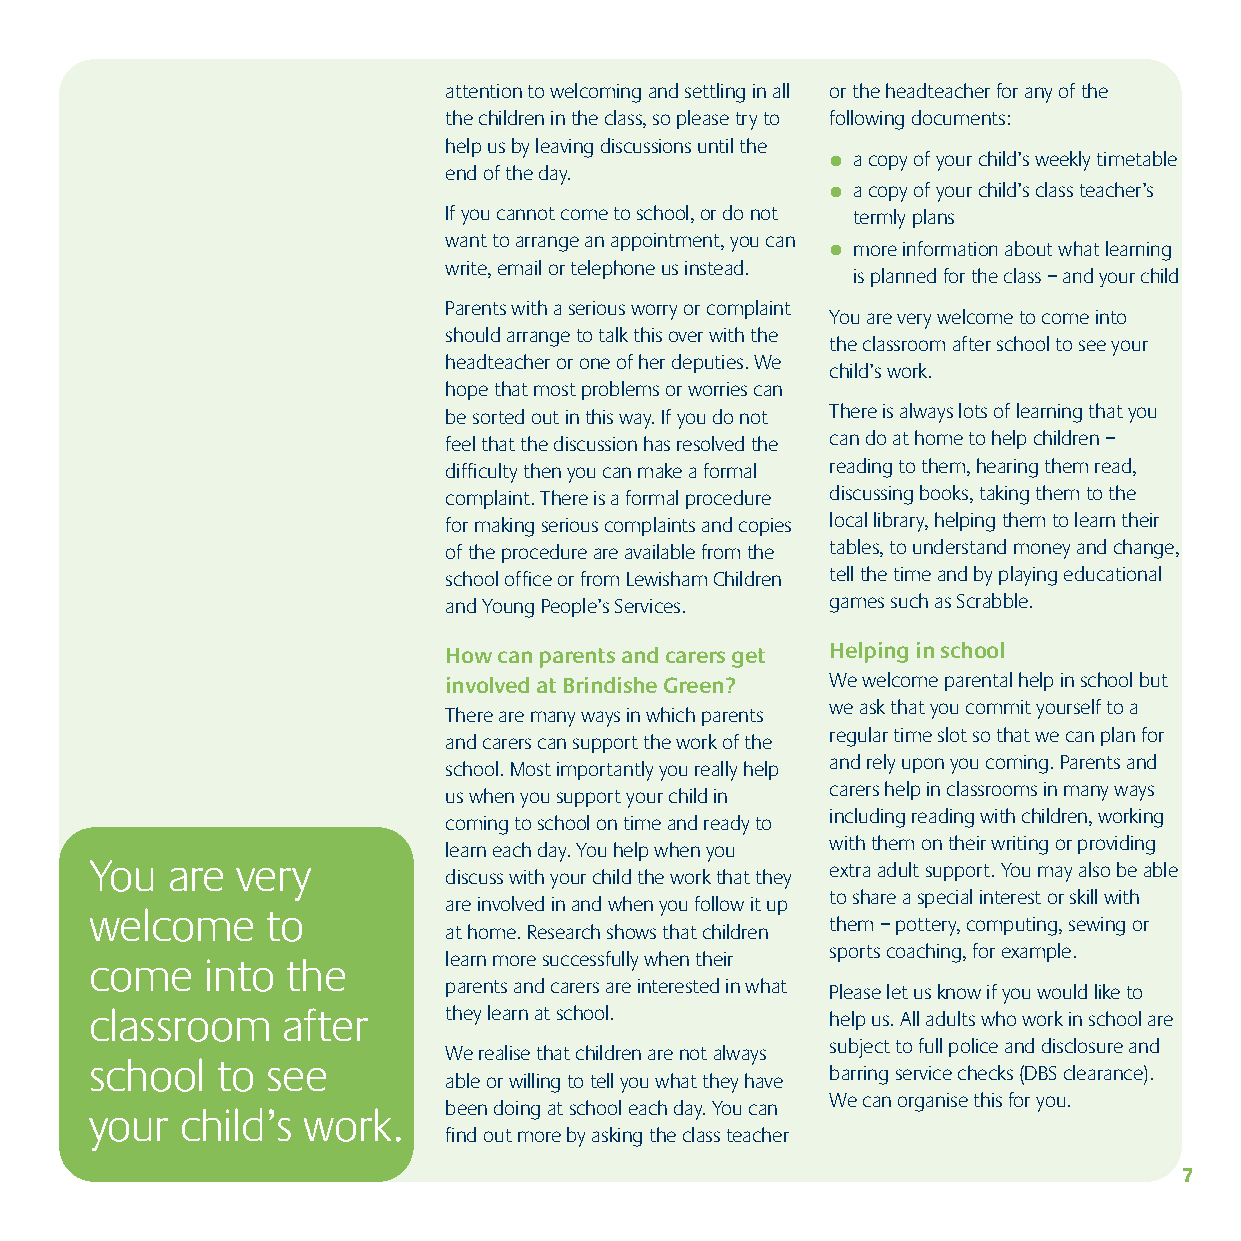
attention to welcoming and settling in all or the headteacher for any of the
 the children in the class, so please try to following documents:
 help us by leaving discussions until the
 l a copy of your child’s weekly timetable
 end of the day.
 l a copy of your child’s class teacher’s
 If you cannot come to school, or do not termly plans
 want to arrange an appointment, you can
 l more information about what learning
 write, email or telephone us instead.
 is planned for the class – and your child
 Parents with a serious worry or complaint
 You are very welcome to come into
 should arrange to talk this over with the
 the classroom after school to see your
 headteacher or one of her deputies. We
 child’s work.
 hope that most problems or worries can
 be sorted out in this way. If you do not There is always lots of learning that you
 feel that the discussion has resolved the can do at home to help children –
 difficulty then you can make a formal reading to them, hearing them read,
 complaint. There is a formal procedure discussing books, taking them to the
 for making serious complaints and copies local library, helping them to learn their
 of the procedure are available from the tables, to understand money and change,
 school office or from Lewisham Children tell the time and by playing educational
 and Young People’s Services. games such as Scrabble.
 How can parents and carers get Helping in school
 involved at Brindishe Green? We welcome parental help in school but
 we ask that you commit yourself to a
 There are many ways in which parents
 regular time slot so that we can plan for
 and carers can support the work of the
 and rely upon you coming. Parents and
 school. Most importantly you really help
 carers help in classrooms in many ways
 us when you support your child in
 including reading with children, working
 coming to school on time and ready to
 with them on their writing or providing
 learn each day. You help when you
 You  are  very                                   extra adult support. You may also be able
 discuss with your child the work that they
 to share a special interest or skill with
 are involved in and when you follow it up
 welcome     to
 them – pottery, computing, sewing or
 at home. Research shows that children
 sports coaching, for example.
 come    into the       learn more successfully when their
 parents and carers are interested in what Please let us know if you would like to
 classroom    after     they learn at school.     help us. All adults who work in school are
 subject to full police and disclosure and
 We realise that children are not always
 school  to  see
 barring service checks (DBS clearance).
 able or willing to tell you what they have
 We can organise this for you.
 been doing at school each day. You can
 your  child’s work.
 find out more by asking the class teacher
 7